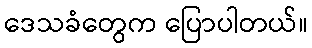
ဒေသခံတွေက ပြောပါတယ်။